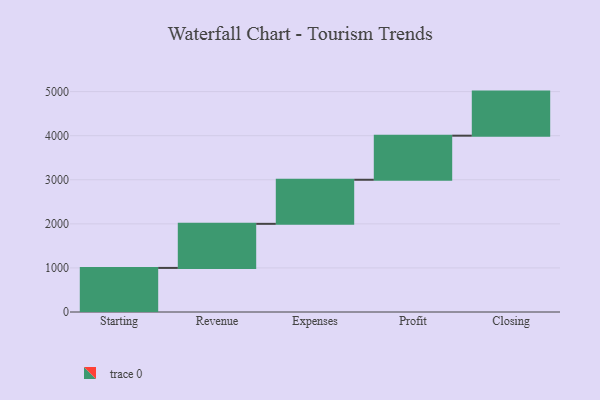
{"axis": {"x": "Step", "y": "Value"}, "legend": [""], "data": [{"x": "Starting", "y": 1000, "type": ""}, {"x": "Revenue", "y": 1000, "type": ""}, {"x": "Expenses", "y": 1000, "type": ""}, {"x": "Profit", "y": 1000, "type": ""}, {"x": "Closing", "y": 1000, "type": ""}]}